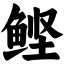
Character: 鲣